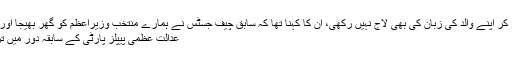
عامر ڈوگر نے پیپلز پارٹی چھوڑ کر اپنے والد کی زبان کی بھی لاج نہیں رکھی، ان کا کہنا تھا کہ سابق چیف جسٹس نے ہمارے منتخب وزیراعظم کو گھر بھیجا اور دوسرے پر بھی مقدمات چلائے.
عدالت عظمیٰ پیپلز پارٹی کے سابقہ دور میں ترقی کی راہ میں رکاوٹ بنی رہی۔